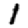
Digit: 1